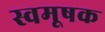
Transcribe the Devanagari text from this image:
स्वमूषक